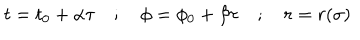
LaTeX: t = t _ { 0 } + \alpha \tau \quad ; \quad \phi = \phi _ { 0 } + \beta \tau \quad ; \quad r = r ( \sigma )